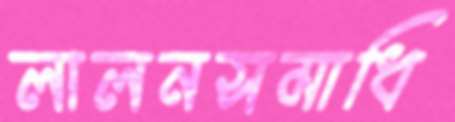
লালনসমাধি